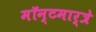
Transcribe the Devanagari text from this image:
मॉन्टमार्त्रे